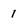
Character: 1